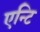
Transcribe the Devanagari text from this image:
एन्टि